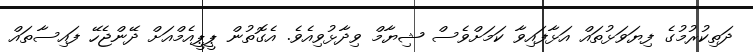
ދަތިކުރުމުގެ ފިޔަވަޅުތައް އަޅާފައިވާ ކަމަށްވެސް ޝިޔާމް ވިދާޅުވިއެވެ. އެގޮތުން ޕީޕީއެމްއަށް ދޭންޖެހޭ ފައިސާތައް